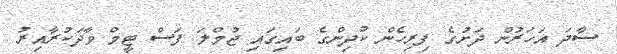
ސާދަ އަހަރުން ދަށުގެ ފިރިހެން ކުދިންގެ ބައިގައި ޖުމްލަ ފަސް ޓީމް ވާދަކުރާއިރު